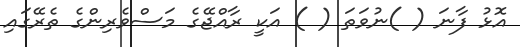
އޮޅު ފާނަ ( )ނުވަތަ ( ) އަކީ ރާއްޖޭގެ މަސްވެރިންގެ ތެރޭގައި